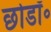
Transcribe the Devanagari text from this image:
छोडॉ॰